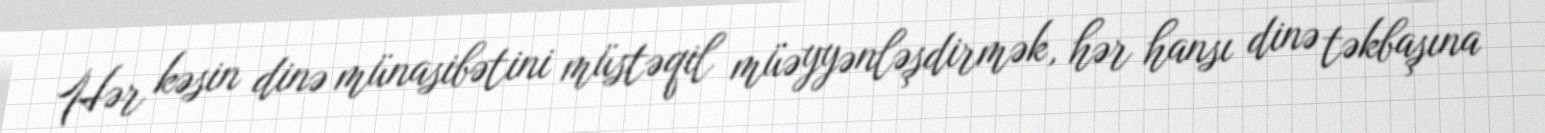
Hər kəsin dinə münasibətini müstəqil müəyyənləşdirmək, hər hansı dinə təkbaşına